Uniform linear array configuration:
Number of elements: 12
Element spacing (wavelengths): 0.5
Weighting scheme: blackman
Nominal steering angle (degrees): -60
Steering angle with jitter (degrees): -61.005
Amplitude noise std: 0.05
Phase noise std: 0.05

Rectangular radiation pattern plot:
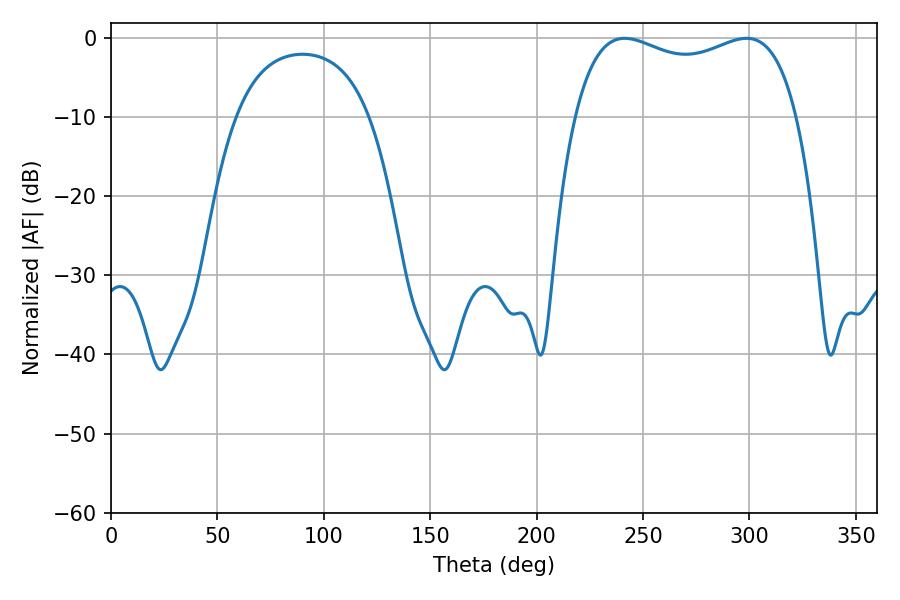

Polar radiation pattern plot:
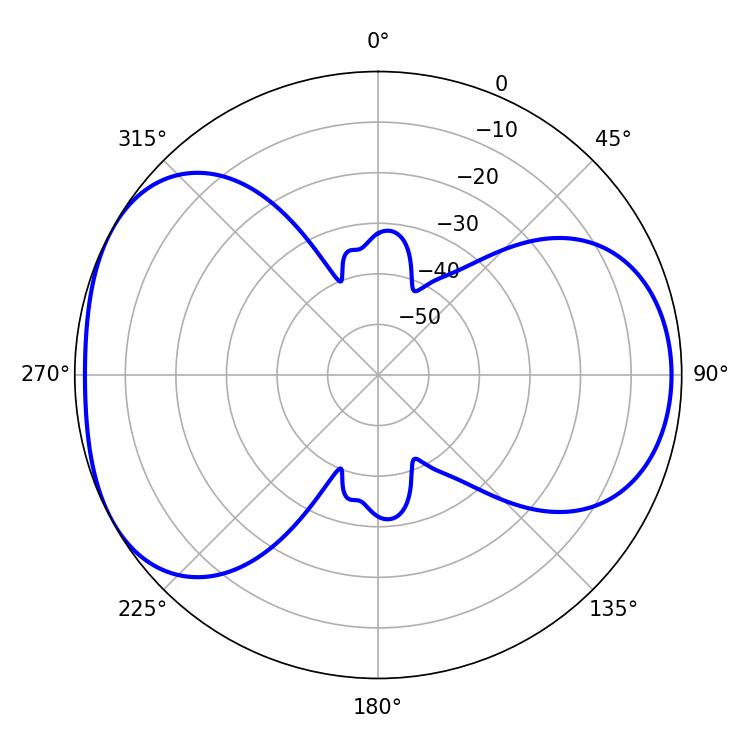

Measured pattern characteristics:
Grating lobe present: FALSE
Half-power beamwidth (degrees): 86.04
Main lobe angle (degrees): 241.38